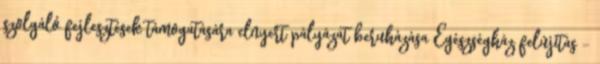
szolgáló fejlesztések támogatására elnyert pályázat beruházása Egészségház felújítás -